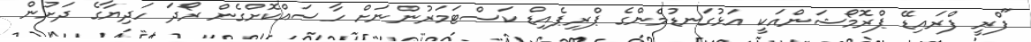
"ފްރީ ފްރައިޑޭ ޕްރޮމޯޝަންއަކީ އަޅުގަނޑުމެންގެ ޕްރިޕެއިޑް ކަސްޓަމަރުންނަށް ހާސައްކޮށްގެން ރޯދަ ހަދިޔާގެ ދަށުން